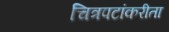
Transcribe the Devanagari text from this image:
चित्रपटांकरीता